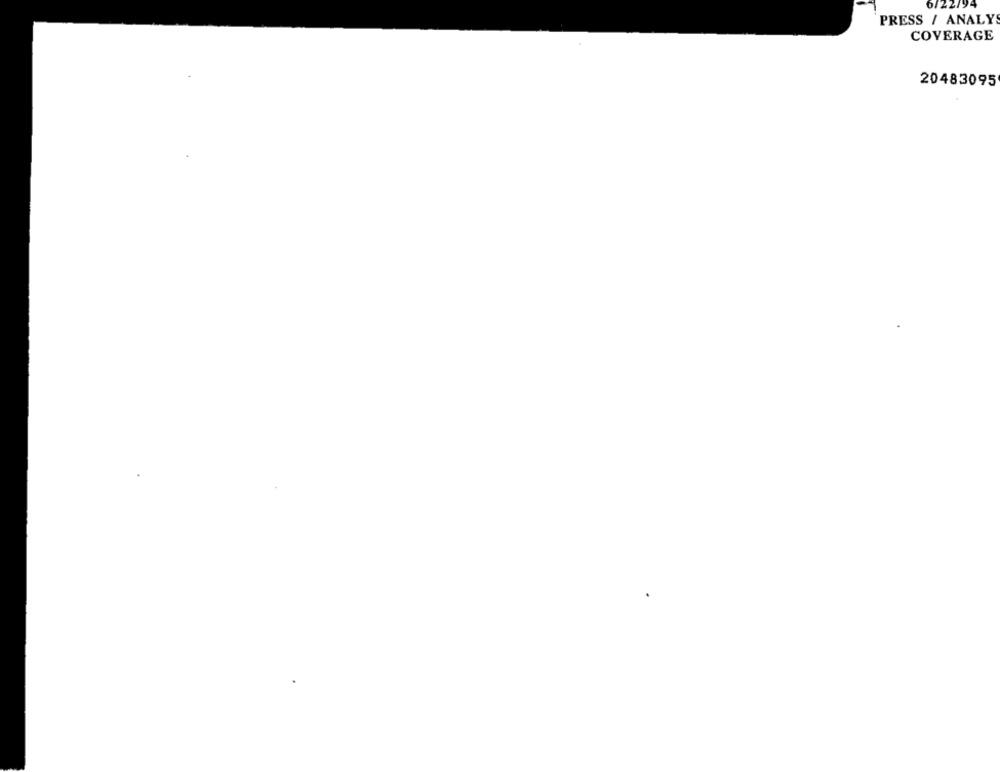
6/22/94
PRESS / ANALYS
COVERAGE
20483095